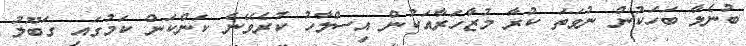
ބުނެލާ ބަހަކުން ނުވަތަ ކުރާ މުޒާހަރާއަކުން އިސްލާހު ކުރެވޭނެ ކަންކަން ކަމުގައި ގަބޫލު